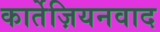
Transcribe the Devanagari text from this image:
कार्तेज़ियनवाद